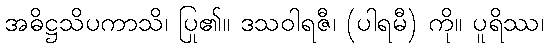
အဓိဋ္ဌသိပကာသိ၊ ပြု၏။ ဒသဝါရဇီ၊ (ပါရမီ) ကို။ ပူရိဿ၊